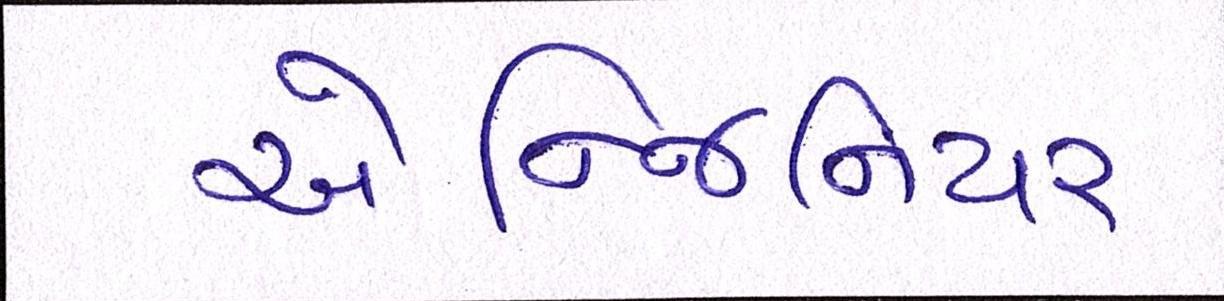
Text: એન્જિનિયર